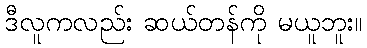
ဒီလူကလည်း ဆယ်တန်ကို မယူဘူး။